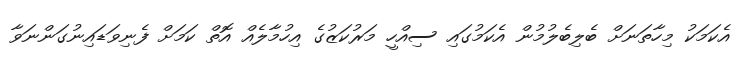
އެކަމަކު މިހާތަނަށް ބެލިބެލުމުން އެކަމުގައި ސިއްހީ މަރުކަޒުގެ އިހުމާލެއް އޮތް ކަމަށް ފެނިވަޑައިނުގަންނަވާ